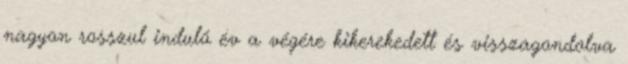
nagyon rosszul induló év a végére kikerekedett és visszagondolva